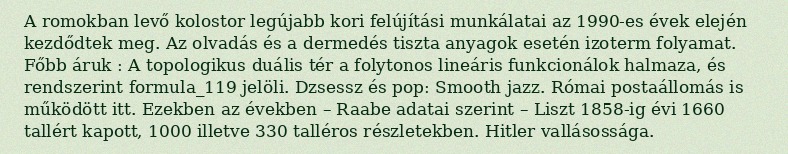
A romokban levő kolostor legújabb kori felújítási munkálatai az 1990-es évek elején kezdődtek meg. Az olvadás és a dermedés tiszta anyagok esetén izoterm folyamat. Főbb áruk : A topologikus duális tér a folytonos lineáris funkcionálok halmaza, és rendszerint formula_119 jelöli. Dzsessz és pop: Smooth jazz. Római postaállomás is működött itt. Ezekben az években – Raabe adatai szerint – Liszt 1858-ig évi 1660 tallért kapott, 1000 illetve 330 talléros részletekben. Hitler vallásossága.